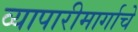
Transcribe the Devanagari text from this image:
व्यापारीमार्गाचे